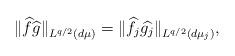
LaTeX: \begin{align*}\| \widehat {f}\widehat {g}\|_{L^{q/2}( d\mu)}=\| \widehat {f_j}\widehat{g_j}\|_{L^{q/2}( d\mu_j)},\end{align*}